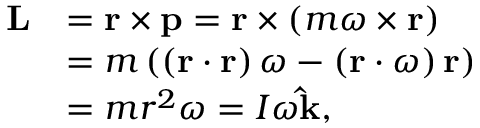
{ \begin{array} { r l } { \mathbf { L } } & { = \mathbf { r } \times \mathbf { p } = \mathbf { r } \times \left( m { \boldsymbol { \omega } } \times \mathbf { r } \right) } \\ & { = m \left( \left( \mathbf { r } \cdot \mathbf { r } \right) { \boldsymbol { \omega } } - \left( \mathbf { r } \cdot { \boldsymbol { \omega } } \right) \mathbf { r } \right) } \\ & { = m r ^ { 2 } { \boldsymbol { \omega } } = I \omega \mathbf { \hat { k } } , } \end{array} }